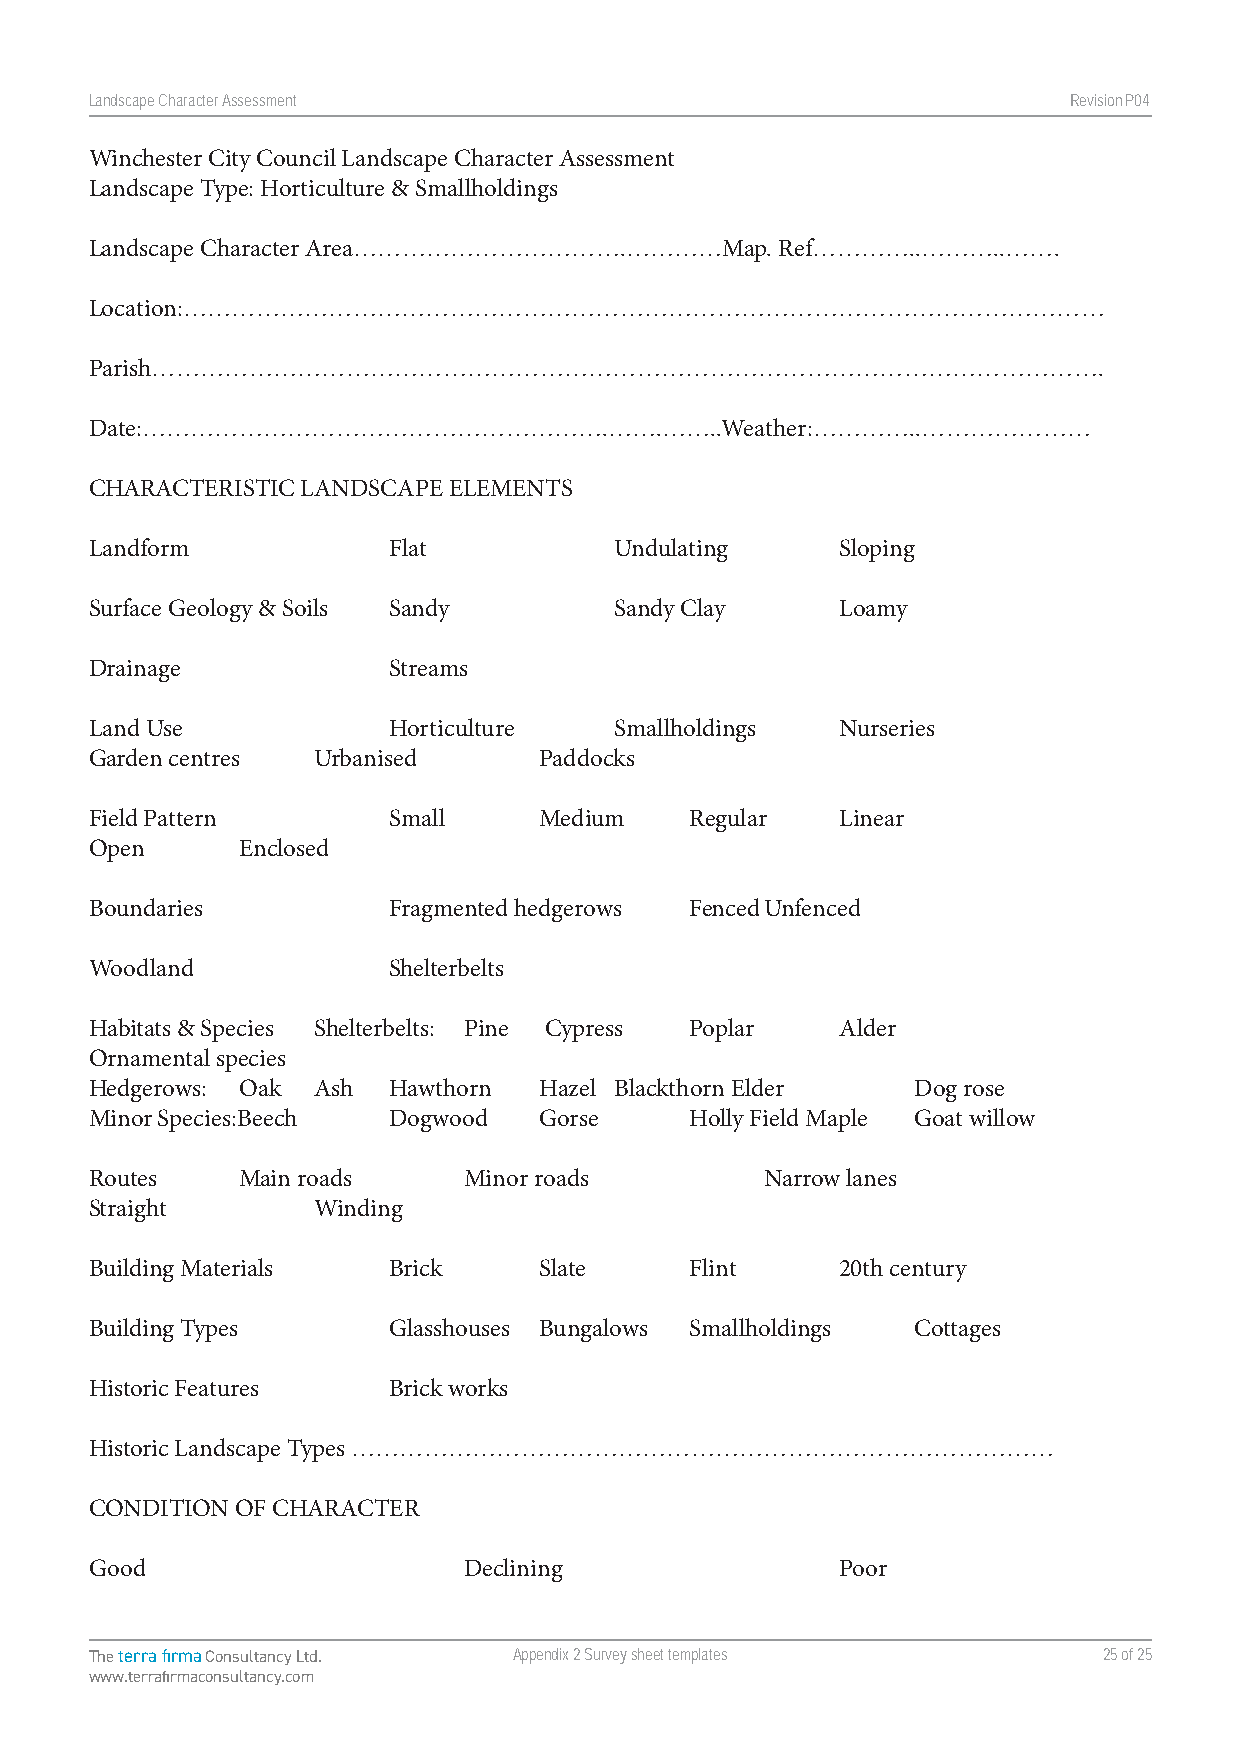
Landscape Character Assessment                                   RevisionP047
 Winchester City Council Landscape Character Assessment
 Landscape Type: Horticulture & Smallholdings
 Landscape Character Area…………………………….…………Map.  Ref…………..………..…….
 Location:……………………………………………………………………………………………………
 Parish……………………………………………………………………………………………………….
 Date:………………………………………………….…….……..Weather:…………..…………………
 CHARACTERISTIC LANDSCAPE ELEMENTS
 Landform            Flat           Undulating     Sloping
 Surface Geology & Soils Sandy      Sandy Clay     Loamy
 Drainage            Streams
 Land Use            Horticulture   Smallholdings  Nurseries
 Garden centres Urbanised      Paddocks
 Field Pattern       Small     Medium    Regular   Linear
 Open      Enclosed
 Boundaries          Fragmented hedgerows Fenced Unfenced
 Woodland            Shelterbelts
 Habitats & Species Shelterbelts: Pine Cypress Poplar Alder
 Ornamental species
 Hedgerows: Oak Ash  Hawthorn  Hazel Blackthorn Elder  Dog rose
 Minor Species:Beech Dogwood   Gorse     Holly Field Maple Goat willow
 Routes    Main roads     Minor roads         Narrow lanes
 Straight       Winding
 Building Materials  Brick     Slate     Flint     20th century
 Building Types      Glasshouses Bungalows Smallholdings Cottages
 Historic Features   Brick works
 Historic Landscape Types ……………………………………………………………………………
 CONDITION OF CHARACTER
 Good                     Declining                Poor
 The terra firma Consultancy Ltd. Appendix 2 Survey sheet templates 25 of 25
 www.terrafirmaconsultancy.com